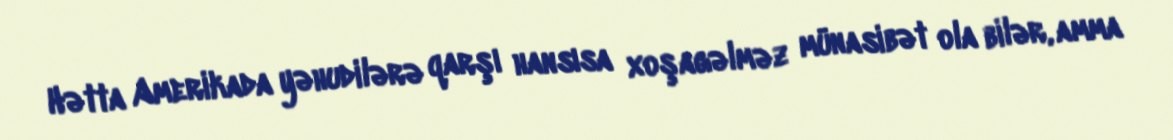
Hətta Amerikada yəhudilərə qarşı hansısa xoşagəlməz münasibət ola bilər, amma